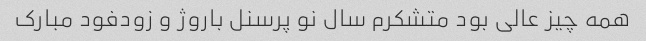
همه چیز عالی بود متشکرم سال نو پرسنل باروژ و زودفود مبارک